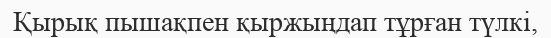
Қырық пышақпен қыржыңдап тұрған түлкі,